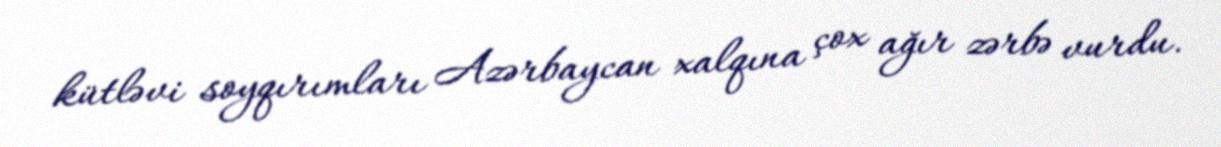
kütləvi soyqırımları Azərbaycan xalqına çox ağır zərbə vurdu.